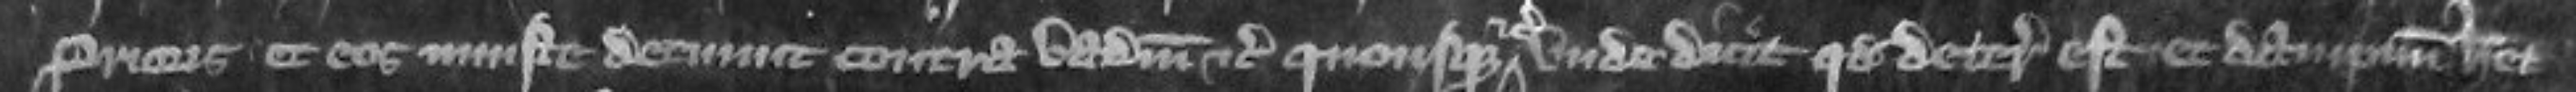
prioris et eos injuste detinuit contra vadium etc quousque etc unde dicit quod deterioratus est et dampnum habet